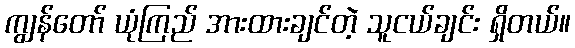
ကျွန်တော် ယုံကြည် အားထားချင်တဲ့ သူငယ်ချင်း ရှိတယ်။